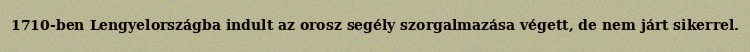
1710-ben Lengyelországba indult az orosz segély szorgalmazása végett, de nem járt sikerrel.